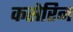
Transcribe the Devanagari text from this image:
कसेरिन